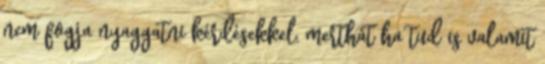
nem fogja nyaggatni kérdésekkel, merthát ha tud is valamit